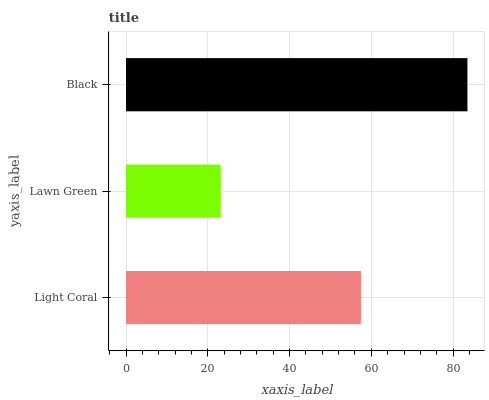
| yaxis_label | bars |
 | --- | --- |
 | Light Coral | 57.4 |
 | Lawn Green | 23.1 |
 | Black | 83.5 |